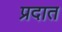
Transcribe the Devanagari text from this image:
प्रदात